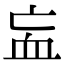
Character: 衁